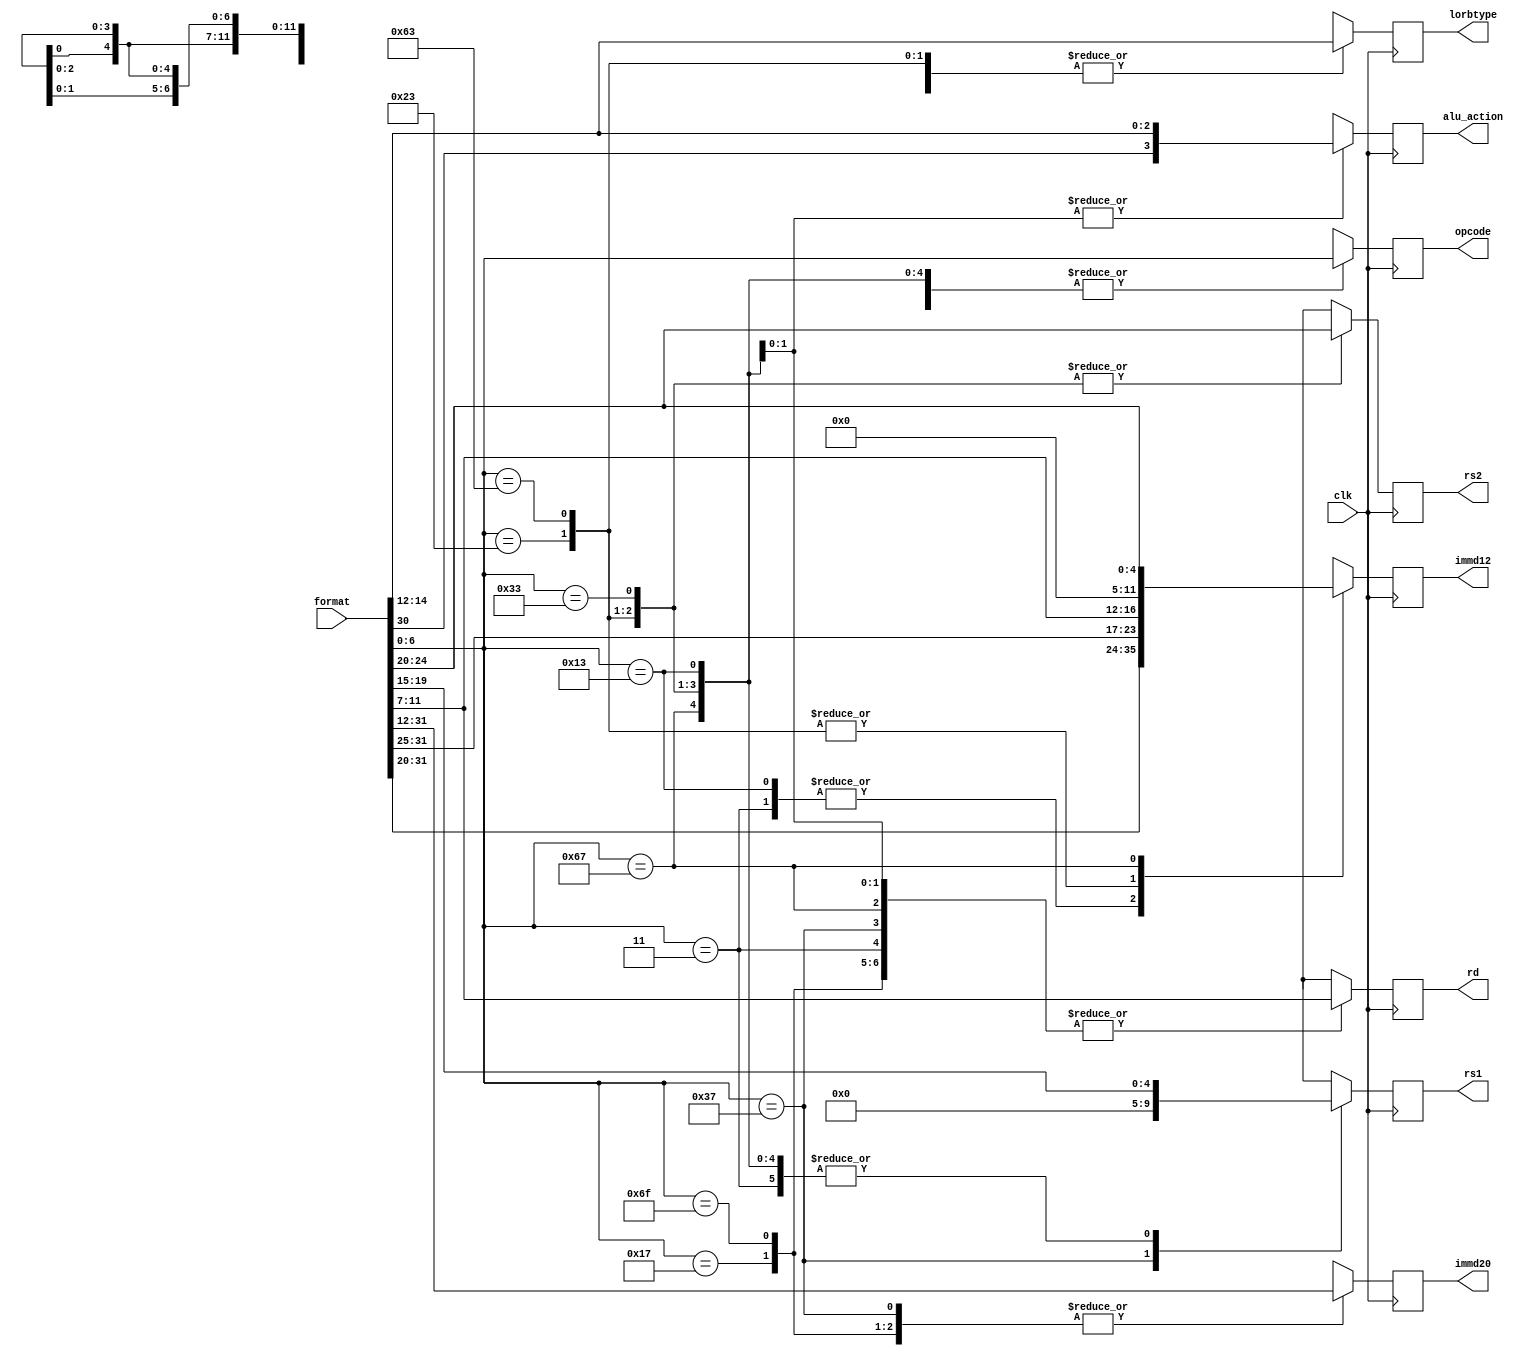
module insr_decoder (rd,rs1,rs2,opcode,immd20,immd12,lorbtype,alu_action,format,clk);
  output reg [11:0] immd12;
  output reg [19:0] immd20;
  output reg [4:0] rd,rs1,rs2;
  output reg [6:0] opcode;
  output reg [2:0] lorbtype;
  output reg [3:0] alu_action;
  input [31:0] format;
  input clk;
  parameter rtype=7'b0110011, ijalrtype=7'b1100111, itype=7'b0010011, imemtype=7'b0000011, stype=7'b0100011, ultype=7'b0110111, uatype=7'b0010111, jtype=7'b1101111, btype=7'b1100011;
  always @ ( posedge clk ) begin
    opcode=format[6:0];
    immd12=12'dx;
    immd20=20'dx;
    lorbtype=3'dx;
    rs1=5'dx;
    rs2=5'dx;
    rd=5'dx;
    alu_action=4'dx;
    case (opcode)
      rtype: begin
              rd=format[11:7];
              rs1=format[19:15];
              rs2=format[24:20];
              alu_action={format[30],format[14:12]};
             end
      itype: begin
              rd=format[11:7];
              rs1=format[19:15];
              immd12=format[31:20];
              alu_action={format[30],format[14:12]};
             end
      imemtype:  begin
                  rd=format[11:7];
                  rs1=format[19:15];
                  immd12=format[31:20];
                  lorbtype=format[14:12];
                end
      stype: begin
              rs1=format[19:15];
              rs2=format[24:20];
              immd12={format[31:25],format[11:7]};
              lorbtype=format[14:12];
            end
      btype: begin
              rs1=format[19:15];
              rs2=format[24:20];
              immd12={format[31:25],format[11:7]};
              lorbtype=format[14:12];
             end
      ultype: begin
                rd=format[11:7];
                immd20=format[31:12];
                rs1=5'd0;
             end
      uatype: begin
                rd=format[11:7];
                immd20=format[31:12];
              end
      jtype:  begin
                rd=format[11:7];
                immd20=format[31:12];
              end
    ijalrtype: begin
                  rd=format[11:7];
                  rs1=format[19:15];
                  immd12=format[24:20];
                end
      default:  begin
                rd=5'dx;
                rs1=5'dx;
                rs2=5'dx;
                opcode=7'dx;
                immd20=20'dx;
                immd12=12'dx;
                alu_action=4'dx;
                lorbtype=3'dx;
                end
    endcase
  end
endmodule